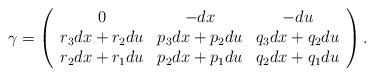
LaTeX: \begin{align*} \gamma=\left(\begin{array}{ccc}0 & -dx & -du \\r_3dx+r_2du & p_3dx+p_2du & q_3dx+q_2du \\r_2dx+r_1du & p_2dx+p_1du & q_2dx+q_1du\end{array}\right).\end{align*}